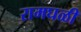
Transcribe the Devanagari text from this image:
रामघळी